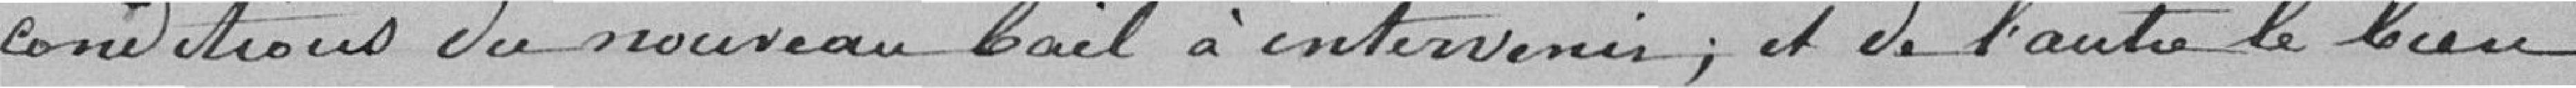
conditions du nouveau bail à intervenir, et de l'autre, le bien